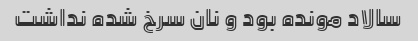
سالاد مونده بود و نان سرخ شده نداشت